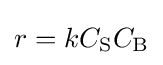
r=kC_{\mathrm {S} }C_{\mathrm {B} }